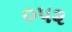
૦૫૨